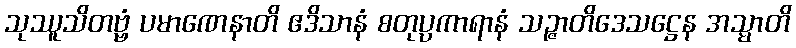
သုဿူသိတဗ္ဗံ ပမာဏေနာတိ ဧဒိသာနံ စတုပ္ပကာရာနံ သဉ္ဇာတိဒေသဋ္ဌေန အသ္မာတိ